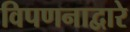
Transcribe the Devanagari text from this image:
विपणनाद्वारे